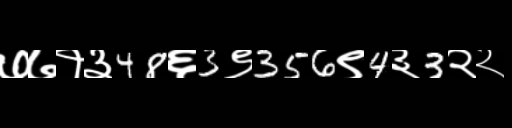
Text: ७७१३48६3९356९4३3२२